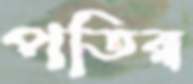
পতিরা